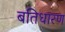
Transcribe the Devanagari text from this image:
बतिधारण